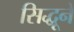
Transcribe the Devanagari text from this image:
सिद्धूने